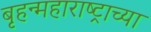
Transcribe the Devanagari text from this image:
बृहन्महाराष्ट्राच्या